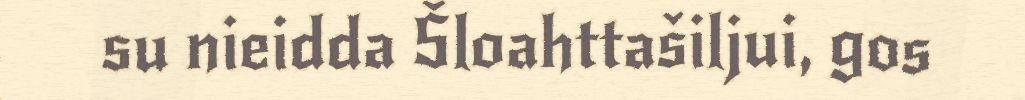
su nieidda Šloahttašiljui, gos